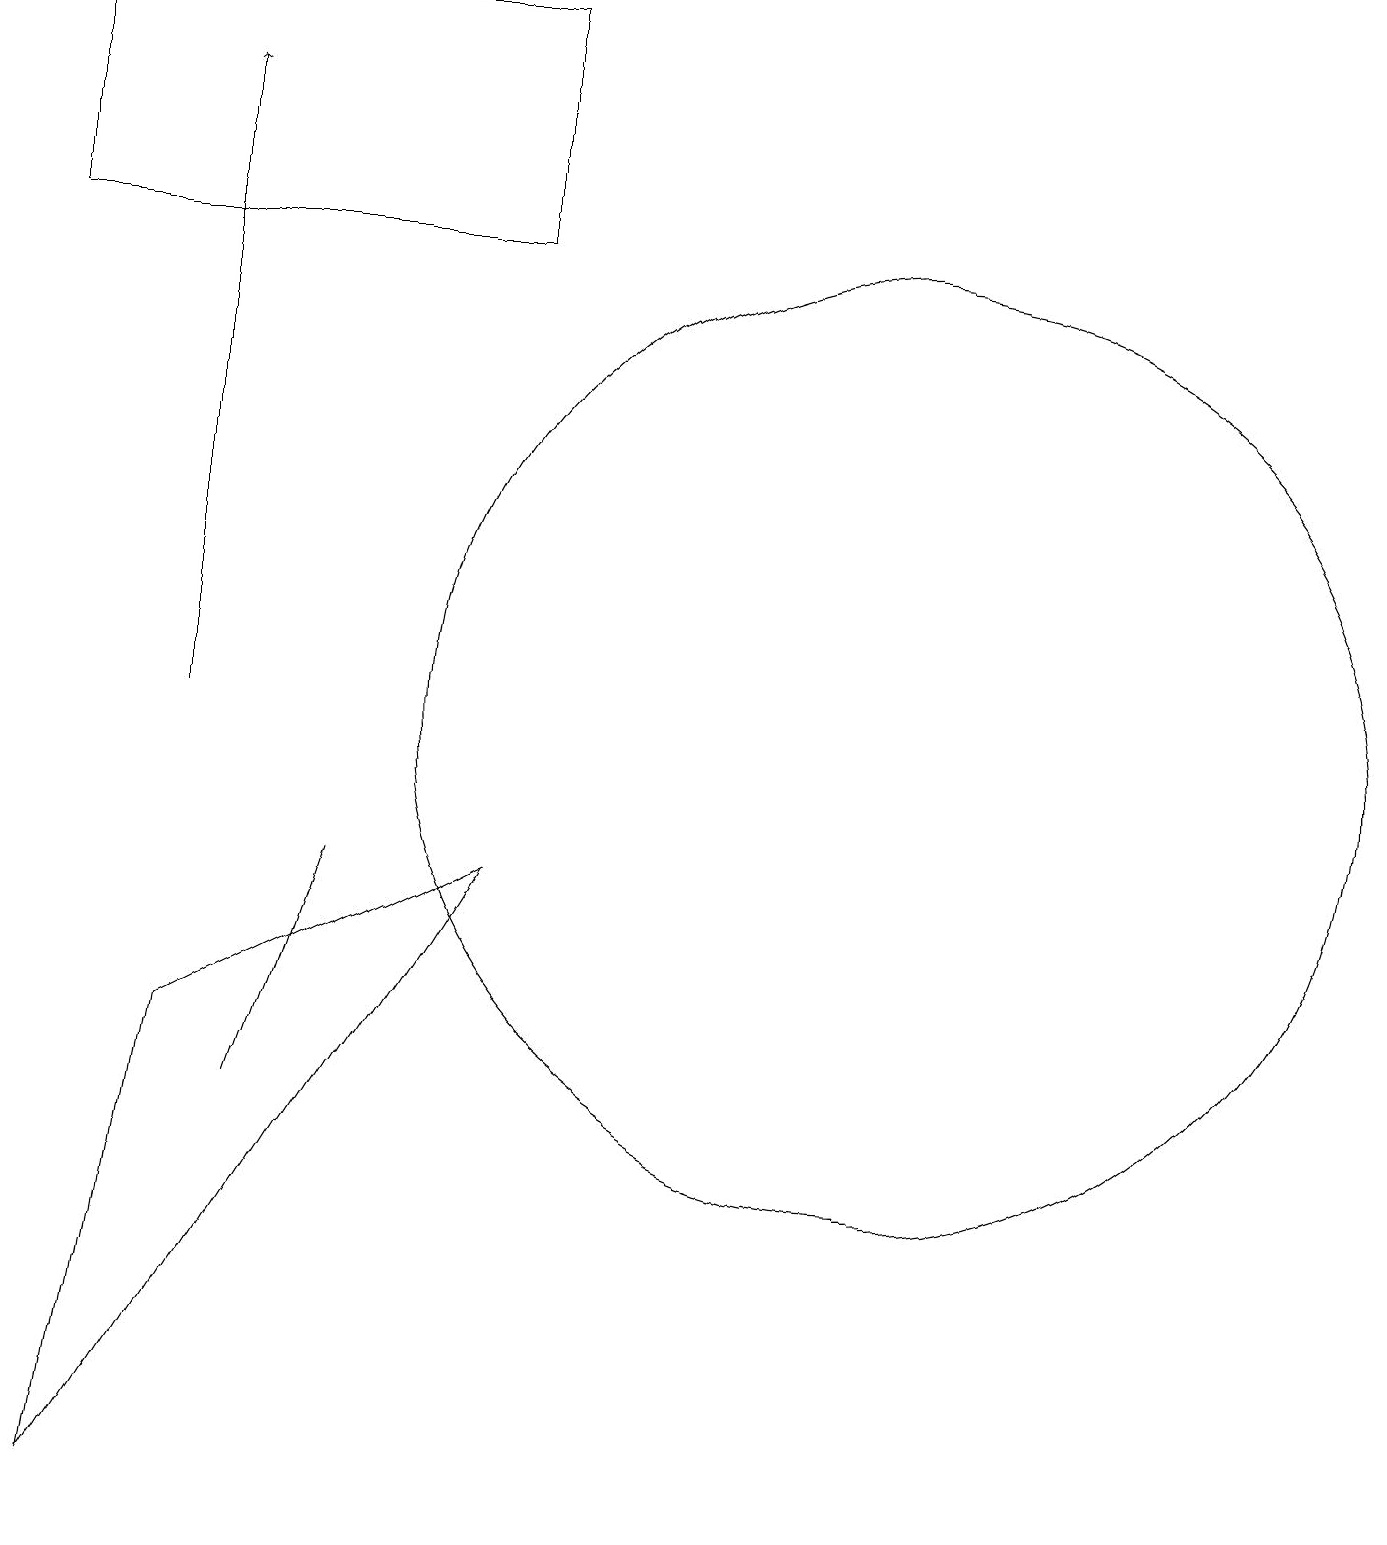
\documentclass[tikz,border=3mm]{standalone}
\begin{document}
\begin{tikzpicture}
\draw (11,10) circle (6);
\draw (6,8) -- (2,6) -- (1,0) -- cycle;
\draw[->] (2,10) -- (2,18);
\draw (6,19) rectangle (0,16);
\draw (3,5) -- (3,5) -- (4,8) -- cycle;
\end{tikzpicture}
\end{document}